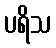
ပရိသ